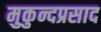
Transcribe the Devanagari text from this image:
मुकुन्दप्रसाद